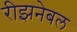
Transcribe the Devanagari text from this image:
रीझनेबल